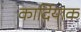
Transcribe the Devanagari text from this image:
कार्दियाक